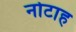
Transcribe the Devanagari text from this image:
नोटाह